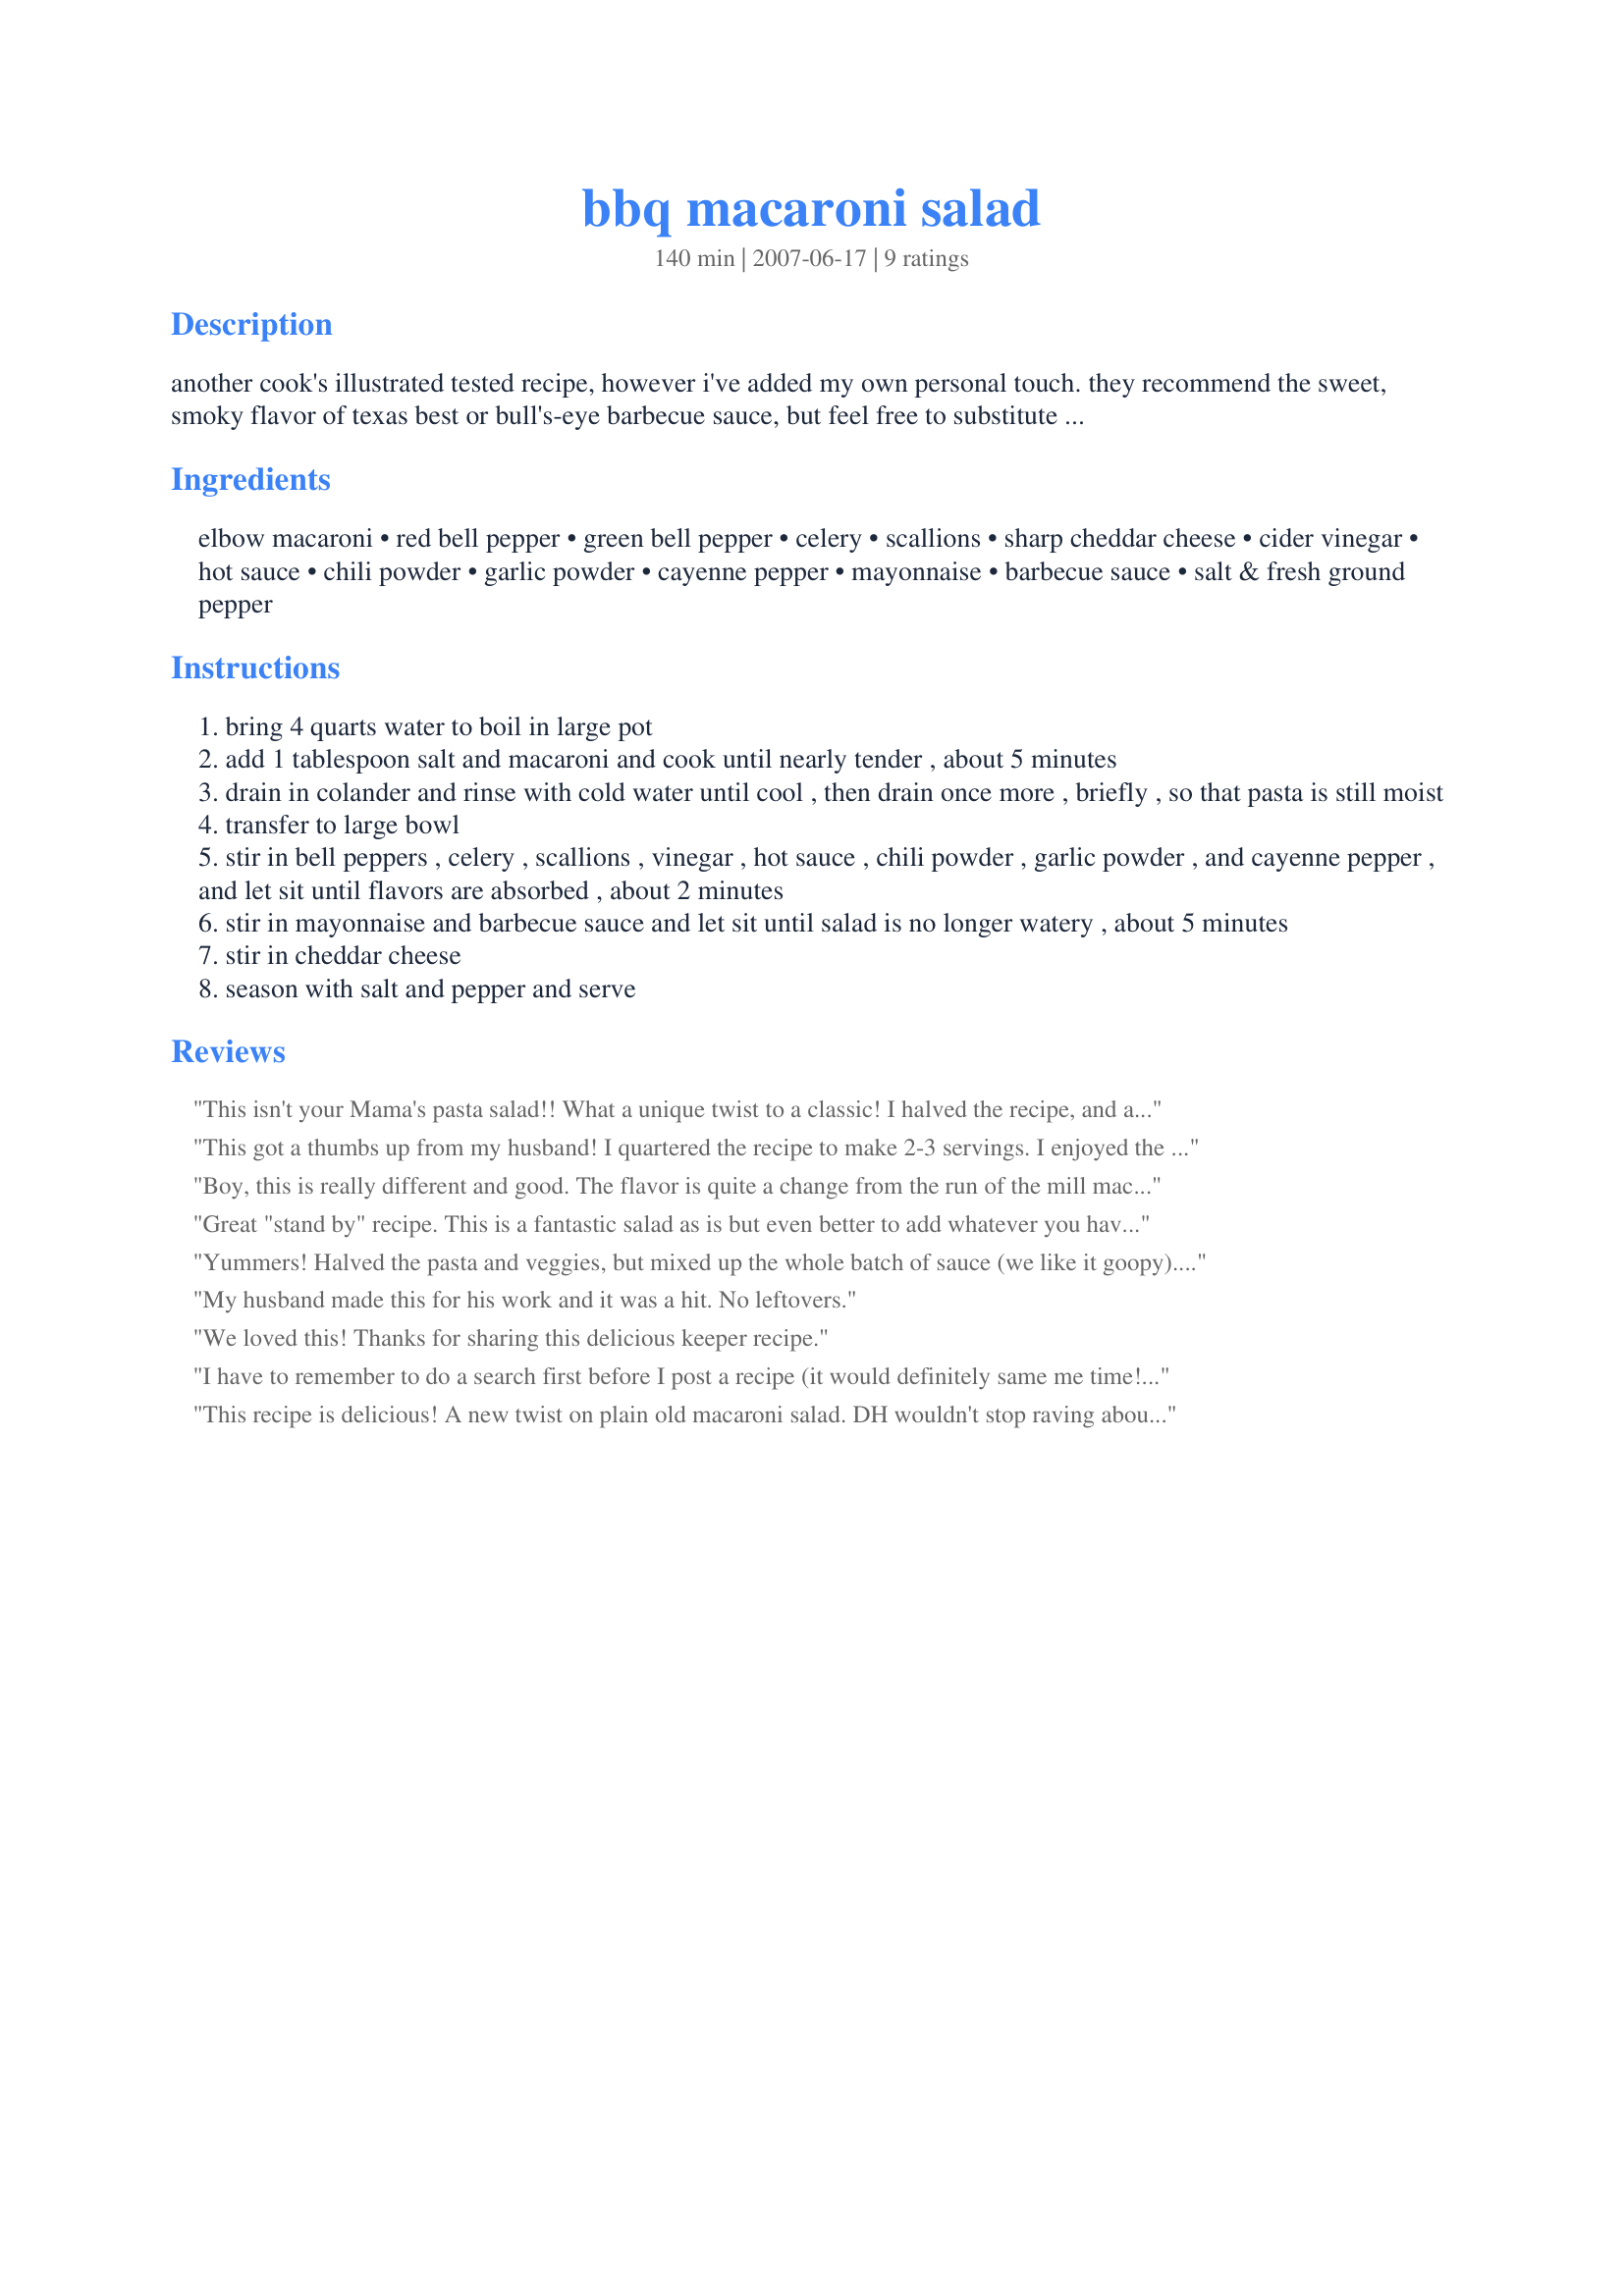
bbq macaroni salad
Preparation time: 140 minutes

another cook's illustrated tested recipe, however i've added my own personal touch. they recommend the sweet, smoky flavor of texas best or bull's-eye barbecue sauce, but feel free to substitute your favorite. as the salad sits, it can become dry; just before serving, stir in a few tablespoons of warm water to bring back its creamy texture. time indicated includes recommended cooling time.

Ingredients:
elbow macaroni, red bell pepper, green bell pepper, celery, scallions, sharp cheddar cheese, cider vinegar, hot sauce, chili powder, garlic powder, cayenne pepper, mayonnaise, barbecue sauce, salt & fresh ground pepper

Steps:
bring 4 quarts water to boil in large pot
add 1 tablespoon salt and macaroni and cook until nearly tender , about 5 minutes
drain in colander and rinse with cold water until cool , then drain once more , briefly , so that pasta is still moist
transfer to large bowl
stir in bell peppers , celery , scallions , vinegar , hot sauce , chili powder , garlic powder , and cayenne pepper , and let sit until flavors are absorbed , about 2 minutes
stir in mayonnaise and barbecue sauce and let sit until salad is no longer watery , about 5 minutes
stir in cheddar cheese
season with salt and pepper and serve

Reviews:
This isn't your Mama's pasta salad!! What a unique twist to a classic! I halved the recipe, and added maybe 6 pimento stuffed olives that were minced. I served this alongside beef hot dogs and it was devored! I am grilling chicken tonight and cannot wait to add some leftovers to it for a more "main dish" salad. I garnished it with chopped cilantro for color. This will be my pasta salad to bring to BBQ's from now on.
This got a thumbs up from my husband! I quartered the recipe to make 2-3 servings. I enjoyed the flavors and added a little more of the veggies. Thanks!
Boy, this is really different and good. The flavor is quite a change from the run of the mill macaroni salad. I knew I would like it since I love macaroni salad.
Great "stand by" recipe. This is a fantastic salad as is but even better to add whatever you have on hand to make it just a little different. I have grilled the peppers and substituted scallion with grilled vidallia onion. I've added pineapple tidbits or mandarin orange segments and leftover grilled chicken, sometimes chopped crispy bacon, nuts and even raisins add a new twist. This is a keeper!
Yummers! Halved the pasta and veggies, but mixed up the whole batch of sauce (we like it goopy). The warm product didnt' seem to promising, but I let it refrigerate for about 1.5 hours and garnished with green onion and was surprised how tasty this was! A little zip, a little crunch and very creamy. I think next time, though, I'll play around with additional ingredients as it just seemed like it was "missing" something. Maybe some diced cheese or olives or ??? Will definitely have again! Thanks!
My husband made this for his work and it was a hit. No leftovers.
We loved this! Thanks for sharing this delicious keeper recipe.
I have to remember to do a search first before I post a recipe (it would definitely same me time!). We love this recipe, fabulous flavor. Also, if you don't have all the veggies on hand, you can use other items, like shallots, fresh dill and chives. I made this using whole wheat elbow mac and cut the mayo (I used light mayo) in half by using nonfat yogurt...tasty, healthy, and slightly less calories.
This recipe is delicious! A new twist on plain old macaroni salad. DH wouldn't stop raving about it! I got the recipe in Cook's Country Cookbook & had to try it. I was gonna post it, but it was already here. Made as directed except added a little more vinegar than called for & cut mayo back to about 3/4 c. This makes a huge portion, even tho the 2 of us devoured it in 4 days! Will be making this again for sure!
